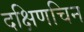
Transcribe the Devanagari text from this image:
दक्षिणचिन